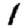
Digit: 1